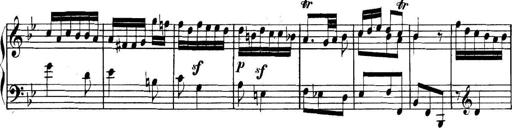
Title: Collected Piano Sonatas
Composer: Muzio Clementi